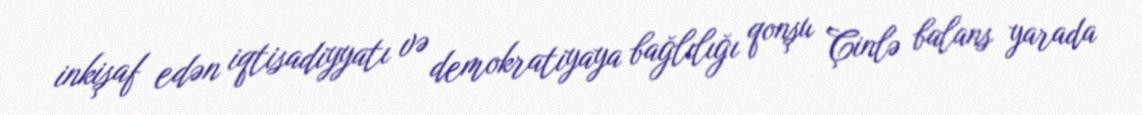
inkişaf edən iqtisadiyyatı və demokratiyaya bağlılığı qonşu Çinlə balans yarada